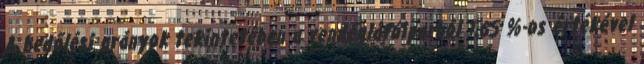
A bedőlési arányok tekintetében a vendéglátóiparból 1,65 %-os értékével